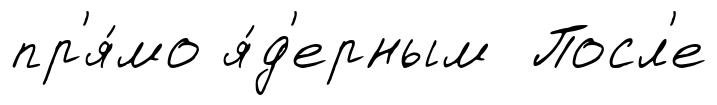
пр'я́мо я́д'ерным Посл'е